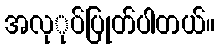
အလုုပ်ပြုတ်ပါတယ်။